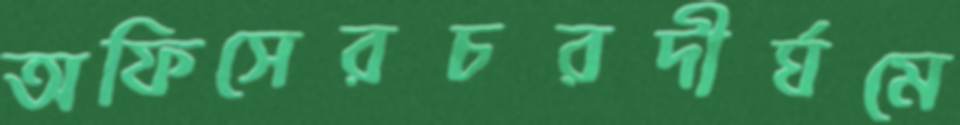
অফিসেরচরদীর্ঘমে